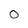
Character: 0